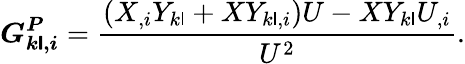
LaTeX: \boldsymbol{G_{k\mathsf{l},i}^{P}}=\frac{{(X_{,i}Y_{k\mathsf{l}}+XY_{k\mathsf{l},i})U-XY_{k\mathsf{l}}U_{,i}}}{{U^{2}}}.